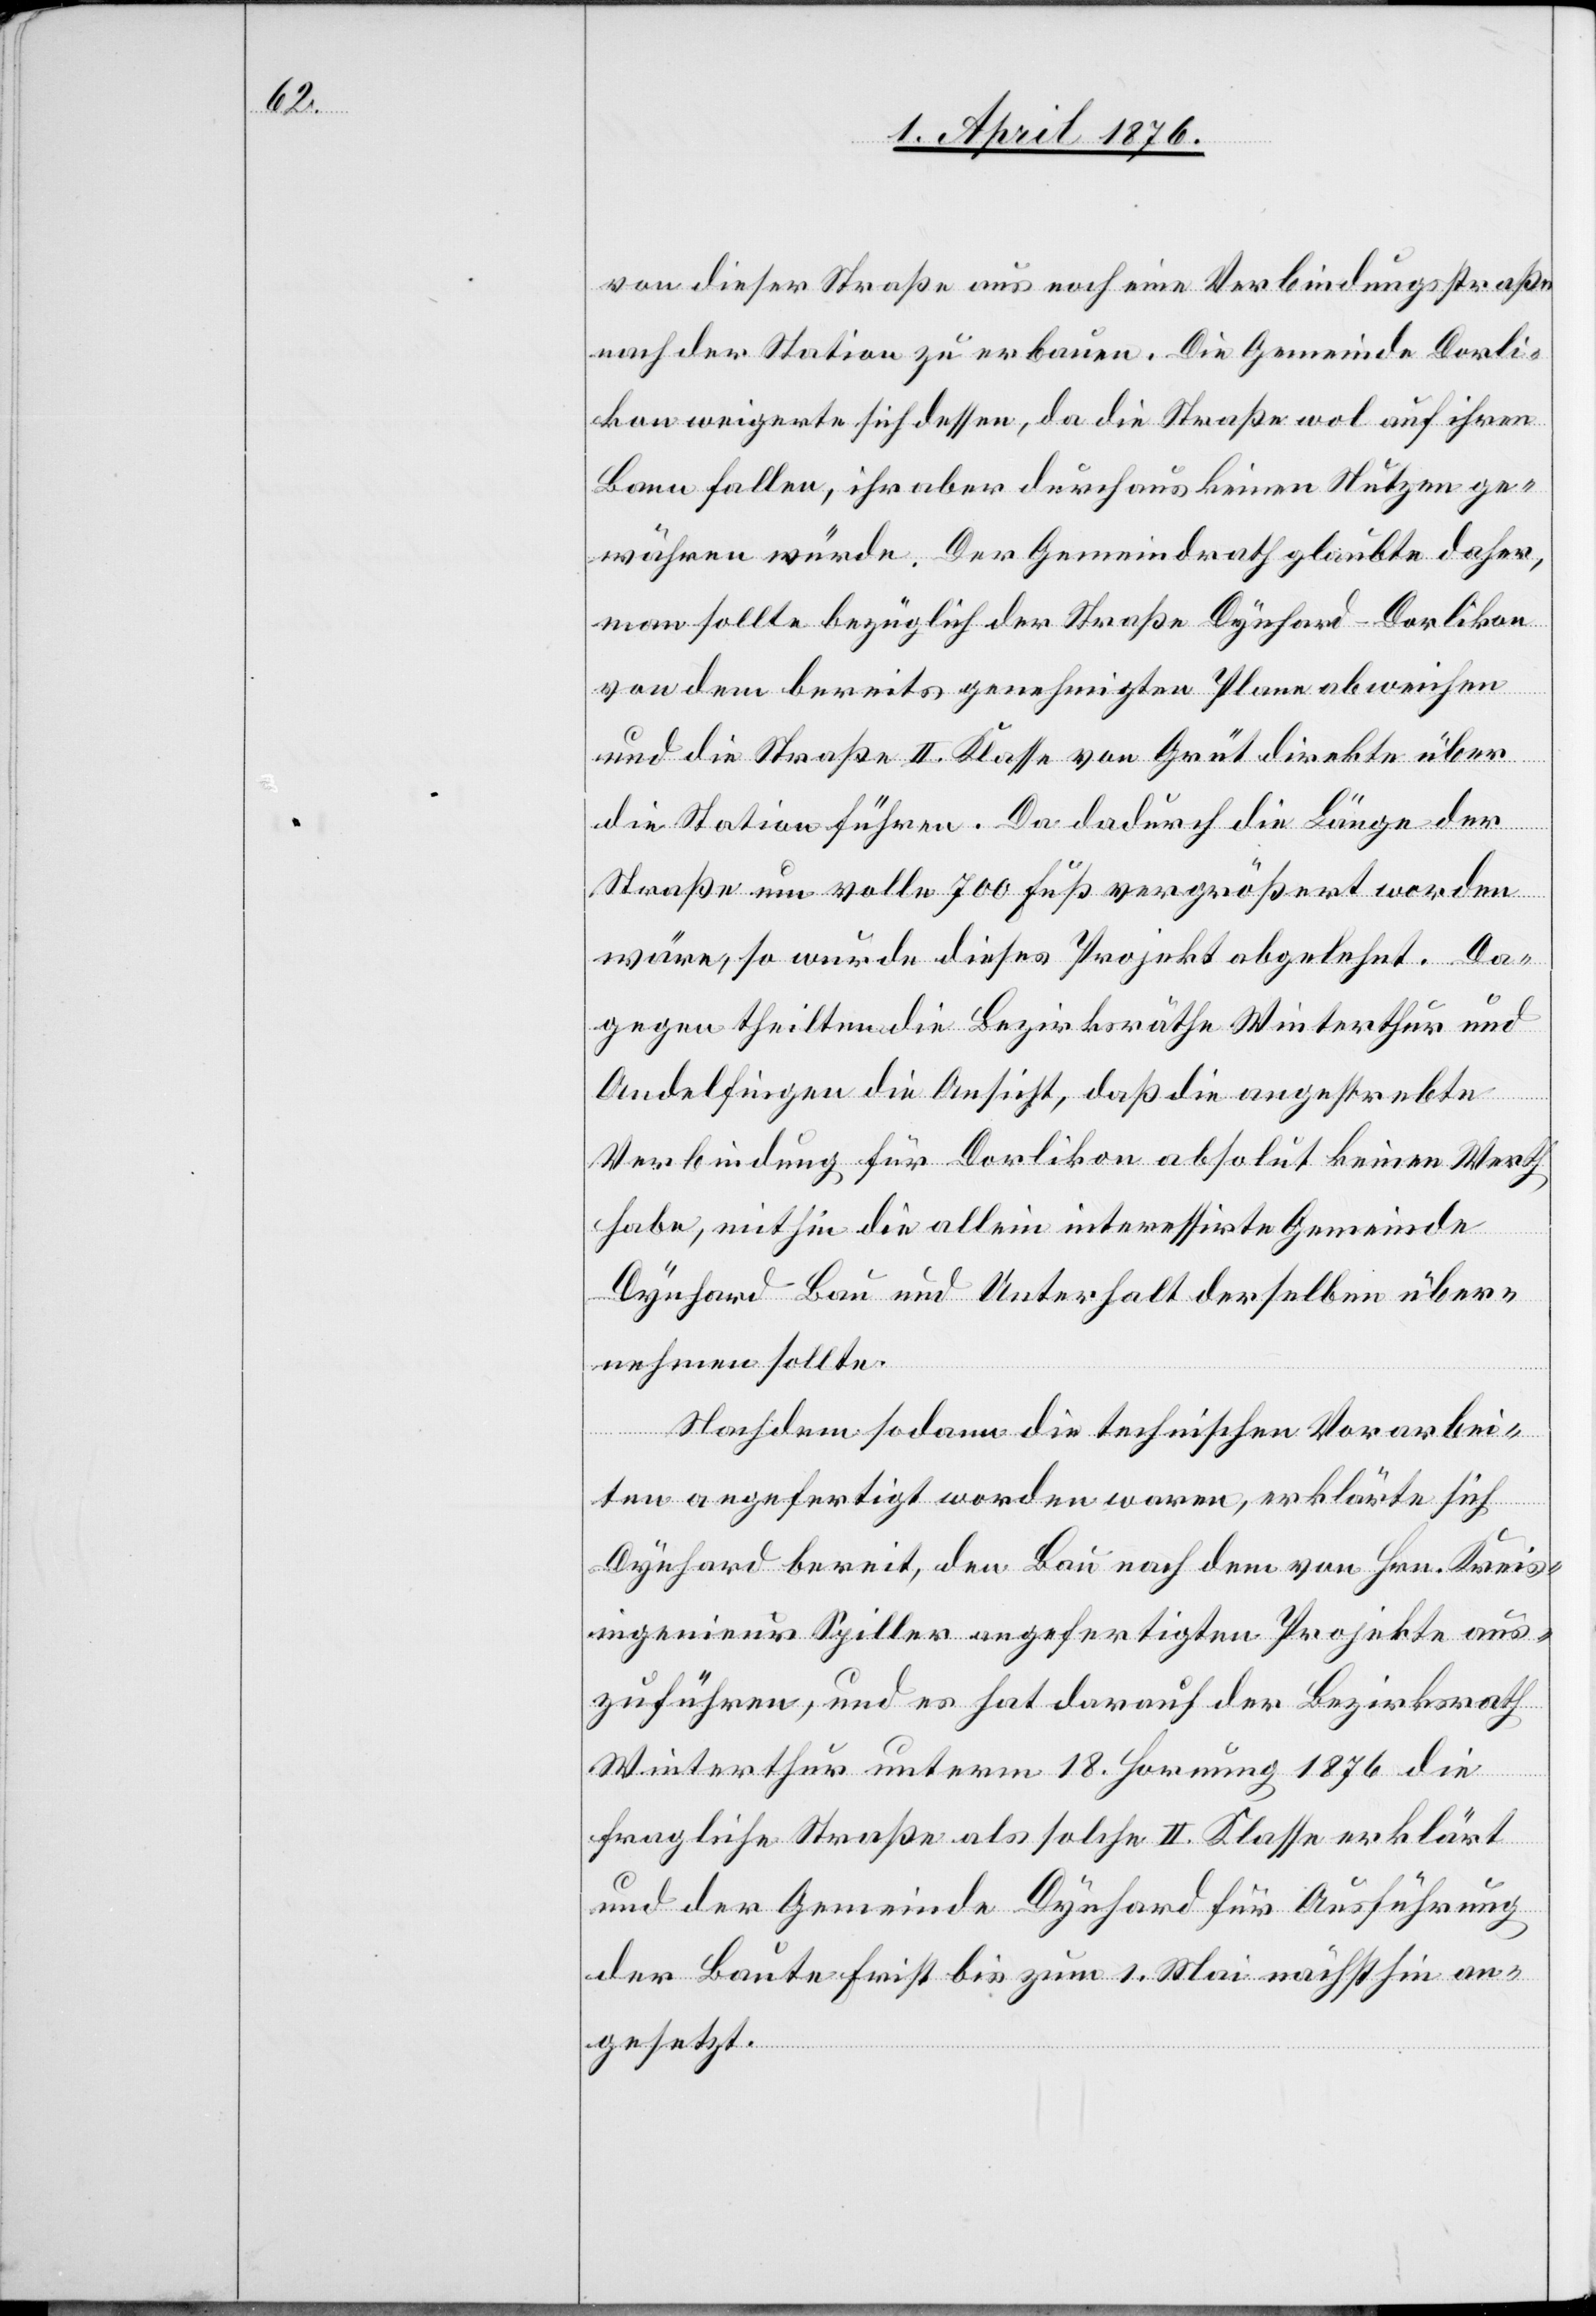
von dieser Straße aus noch eine Verbindungsstraße
nach der Station zu erbauen. Die Gemeinde Dorli¬
kon weigerte sich dessen, da die Straße wol auf ihren
Bann fallen, ihr aber durchaus keinen Nutzen ge¬
währen würde. Der Gemeindrath glaubte daher,
man sollte bezüglich der Straße Dynhard–Dorlikon
von dem bereits genehmigten Plan abweichen
und die Straße II. Klasse von Grüt [sic!] direkte über
die Station führen. Da dadurch die Länge der
Straße um volle 700 Fuß vergrößert worden
wäre, so wurde dieses Projekt abgelehnt. Da¬
gegen theilten die Bezirksräthe Winterthur und
Andelfingen die Ansicht, daß die angestrebte
Verbindung für Dorlikon absolut keinen Werth
habe, mithin die allein interessirte Gemeinde
Dynhard Bau und Unterhalt derselben über¬
nehmen sollte.
Nachdem sodann die technischen Vorarbei¬
ten angefertigt worden waren, erklärte sich
Dynhard bereit, den Bau nach dem von Hrn. Kreis¬
ingenieur Spiller angefertigten Projekte aus¬
zuführen, und es hat darauf der Bezirksrath
Winterthur unterm 18. Hornung 1876 die
fragliche Straße als solche II. Klasse erklärt
und der Gemeinde Dynhard für Ausführung
der Baute Frist bis zum 1. Mai nächsthin an¬
gesetzt.